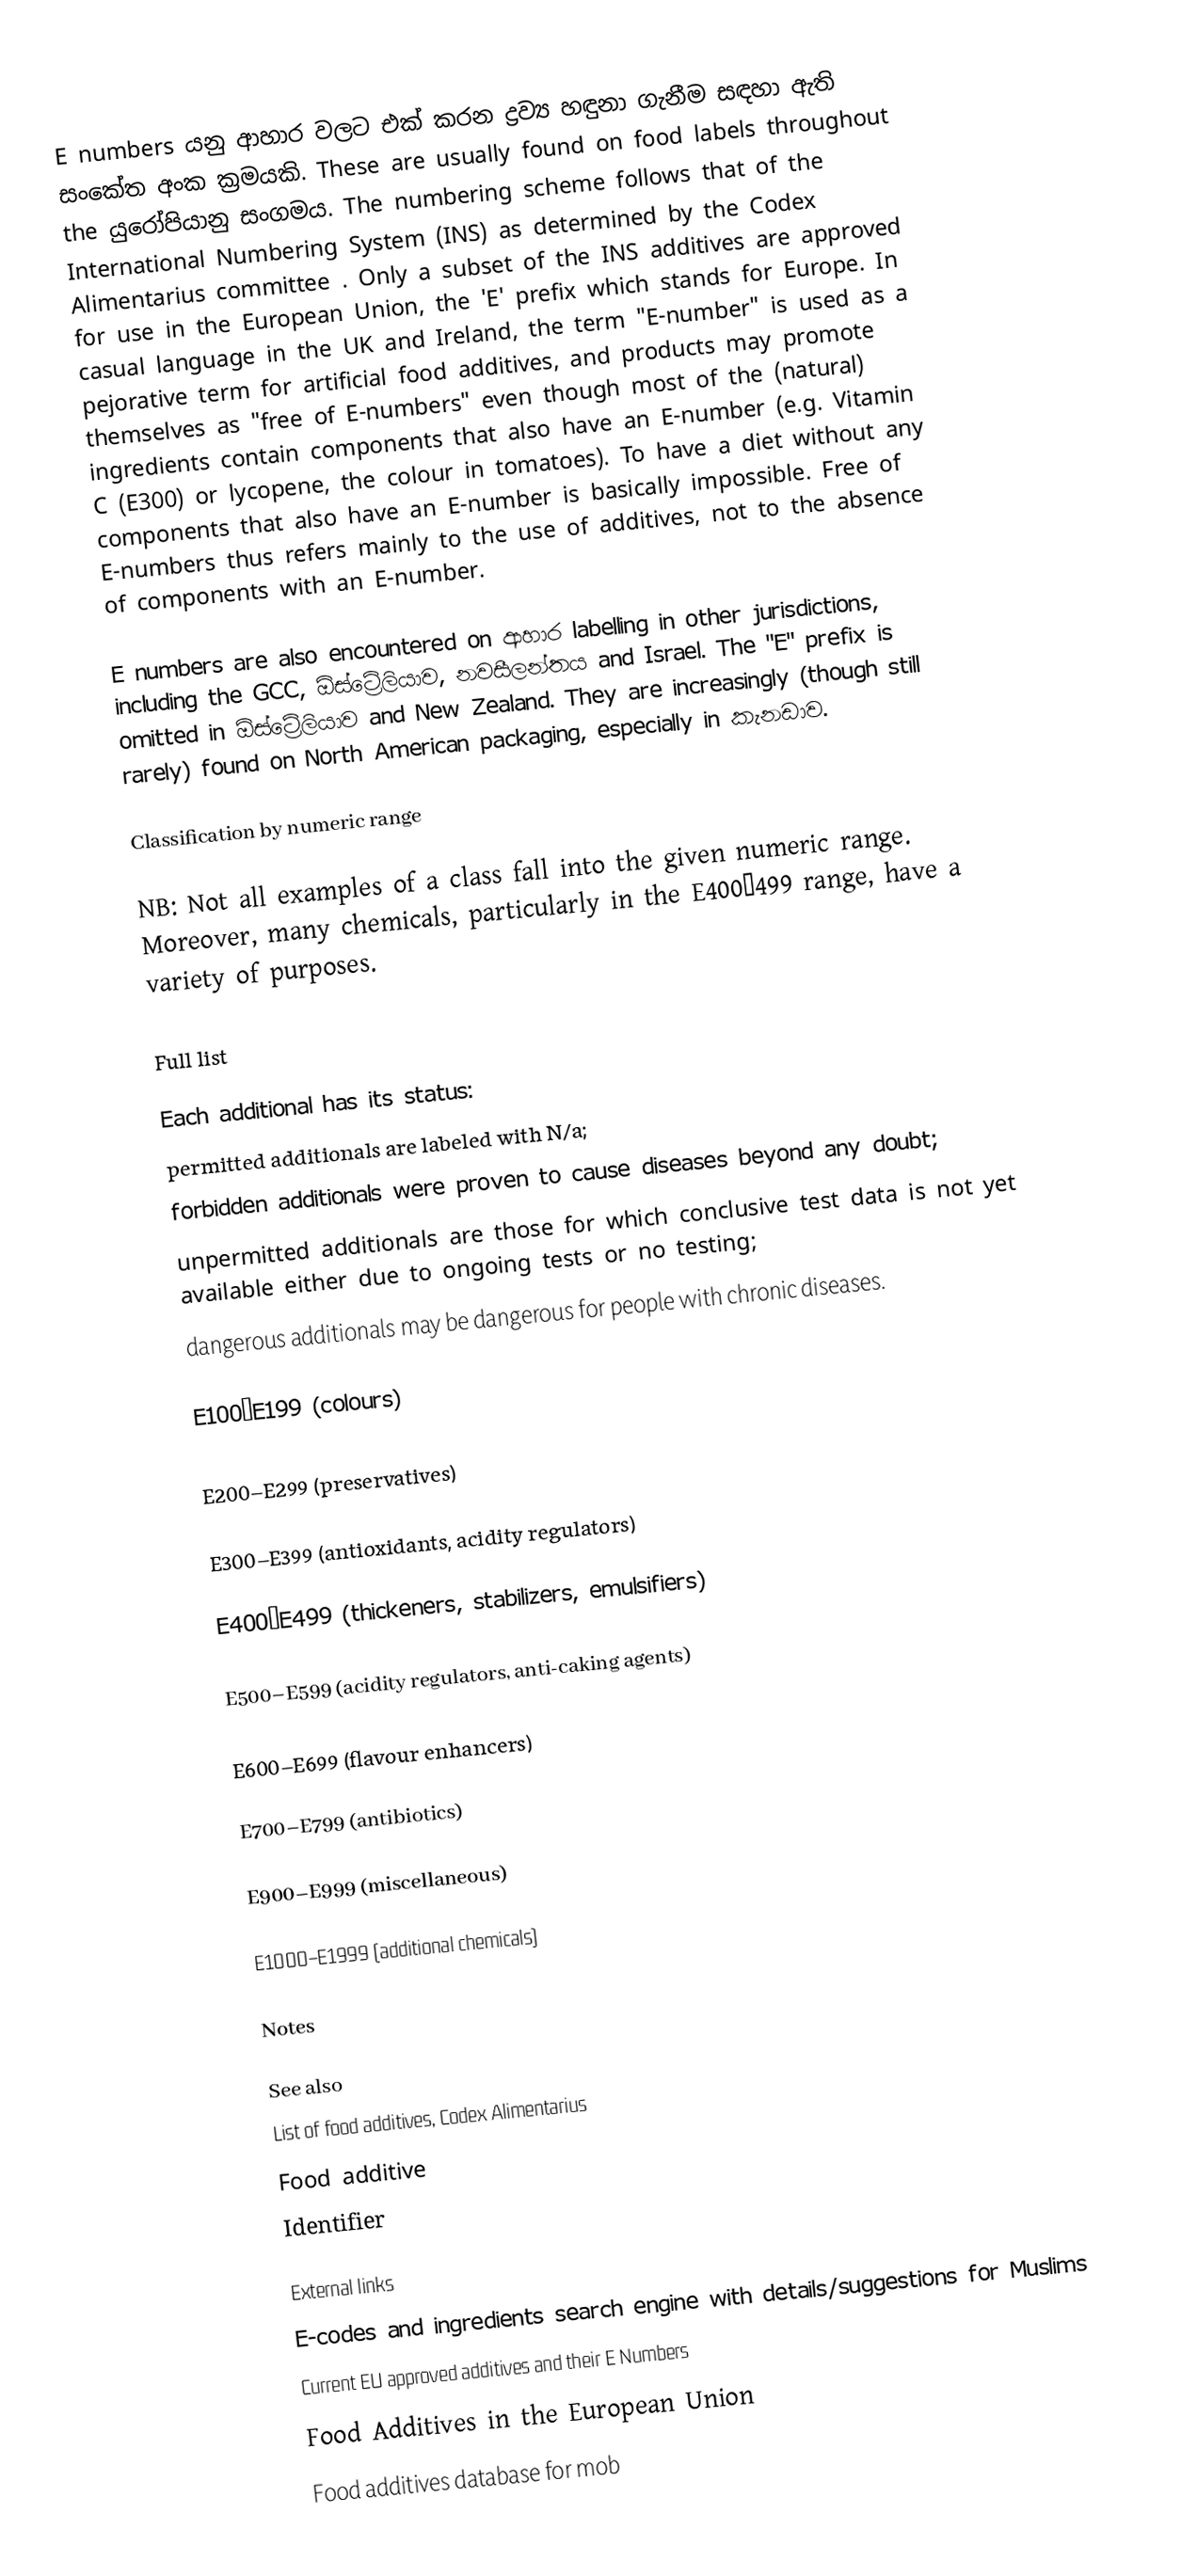
E numbers යනු ආහාර වලට එක් කරන ද්‍රව්‍ය හඳුනා ගැනීම සඳහා ඇති සංකේත අංක ක්‍රමයකි. These are usually found on food labels throughout the යුරෝපියානු සංගමය. The numbering scheme follows that of the International Numbering System (INS) as determined by the Codex Alimentarius committee . Only a subset of the INS additives are approved for use in the European Union, the 'E' prefix which stands for Europe. In casual language in the UK and Ireland, the term "E-number" is used as a pejorative term for artificial food additives, and products may promote themselves as "free of E-numbers" even though most of the (natural) ingredients contain components that also have an E-number (e.g. Vitamin C (E300) or lycopene, the colour in tomatoes). To have a diet without any components that also have an E-number is basically impossible. Free of E-numbers thus refers mainly to the use of additives, not to the absence of components with an E-number.

E numbers are also encountered on ආහාර labelling in other jurisdictions, including the GCC, ඕස්ට්‍රේලියාව, නවසීලන්තය and Israel. The "E" prefix is omitted in ඕස්ට්‍රේලියාව and New Zealand. They are increasingly (though still rarely) found on North American packaging, especially in කැනඩාව.

Classification by numeric range

NB: Not all examples of a class fall into the given numeric range. Moreover, many chemicals, particularly in the E400–499 range, have a variety of purposes.

Full list

Each additional has its status:
 permitted additionals are labeled with N/a;
 forbidden additionals were proven to cause diseases beyond any doubt;
 unpermitted additionals are those for which conclusive test data is not yet available either due to ongoing tests or no testing;
 dangerous additionals may be dangerous for people with chronic diseases.

E100–E199 (colours)

E200–E299 (preservatives)

E300–E399 (antioxidants, acidity regulators)

E400–E499 (thickeners, stabilizers, emulsifiers)

E500–E599 (acidity regulators, anti-caking agents)

E600–E699 (flavour enhancers)

E700–E799 (antibiotics)

E900–E999 (miscellaneous)

E1000–E1999 (additional chemicals)

Notes

See also
 List of food additives, Codex Alimentarius
 Food additive
 Identifier

External links
E-codes and ingredients search engine with details/suggestions for Muslims
Current EU approved additives and their E Numbers
Food Additives in the European Union
Food additives database for mob